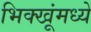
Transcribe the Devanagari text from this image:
भिक्खूंमध्ये